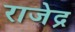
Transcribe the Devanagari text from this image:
राजेद्र